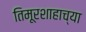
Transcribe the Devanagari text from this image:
तिमूरशाहाच्या